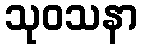
သုဝသနာ